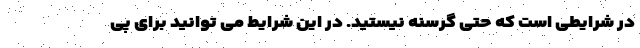
در شرایطی است که حتی گرسنه نیستید. در این شرایط می توانید برای پی